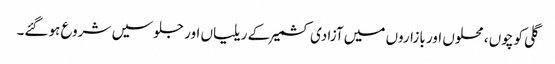
گلی کوچوں ، محلوں اور بازاروں میں آزادی کشمیر کے ریلیاں اور جلوسیں شروع ہوگئے۔